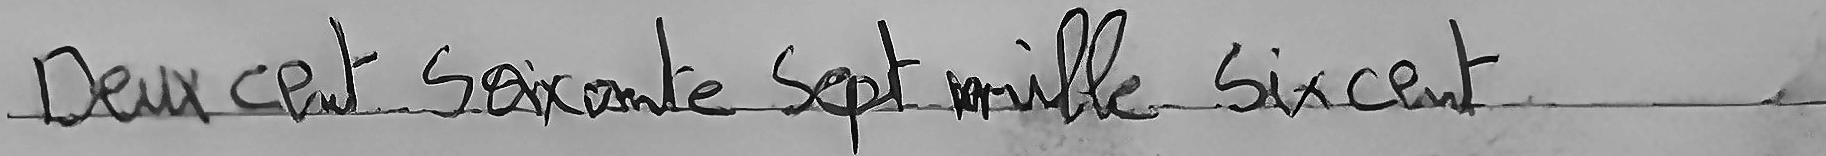
Deux cent Soixante Sept mille Six cent